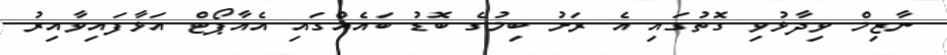
ނާޒިމް ވިދާޅުވި ގޮތުގައި އެ ރަށު ބިމުގެ ބޮޑު ބައެއްގައި އެއާޕޯޓް އަޅާފައިވާއިރު